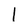
Character: 1